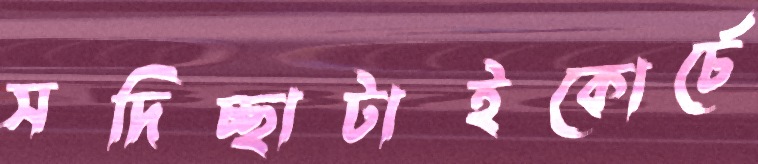
সদিচ্ছাটাইকোর্চে